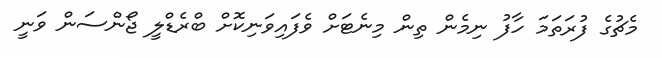
މެޗުގެ ފުރަތަމަ ހާފު ނިމެން ތިން މިނެޓަށް ވެފައިވަނިކޮށް ބްރެޑްލީ ޖޯންސަން ވަނީ